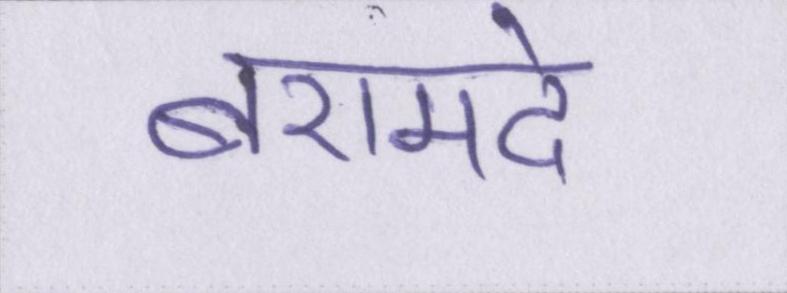
बरामदे